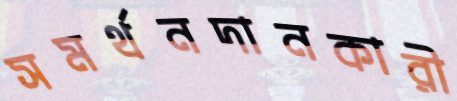
সমর্থনদানকারী